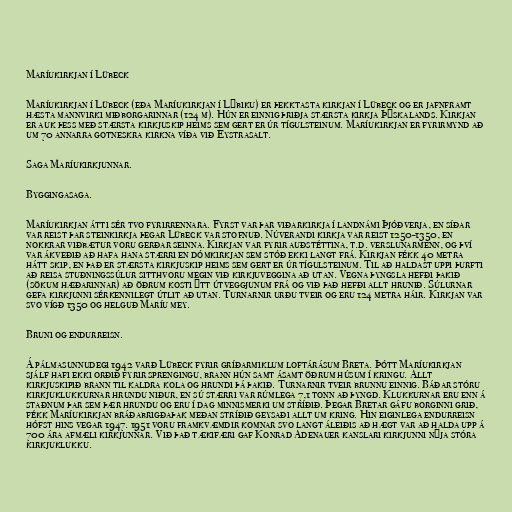
Maríukirkjan í Lübeck

Maríukirkjan í Lübeck (eða Maríukirkjan í Lýbiku) er þekktasta kirkjan í Lübeck og er jafnframt
hæsta mannvirki miðborgarinnar (124 m). Hún er einnig þriðja stærsta kirkja Þýskalands. Kirkjan
er auk þess með stærsta kirkjuskip heims sem gert er úr tígulsteinum. Maríukirkjan er fyrirmynd að
um 70 annarra gotneskra kirkna víða við Eystrasalt.

Saga Maríukirkjunnar.

Byggingasaga.

Maríukirkjan átti sér tvo fyrirrennara. Fyrst var þar viðarkirkja í landnámi Þjóðverja, en síðar
var reist þar steinkirkja þegar Lübeck var stofnuð. Núverandi kirkja var reist 1250-1350, en
nokkrar viðbætur voru gerðar seinna. Kirkjan var fyrir auðstéttina, t.d. verslunarmenn, og því
var ákveðið að hafa hana stærri en dómkirkjan sem stóð ekki langt frá. Kirkjan fékk 40 metra
hátt skip, en það er stærsta kirkjuskip heims sem gert er úr tígulsteinum. Til að haldast uppi þurfti
að reisa stuðningssúlur sitthvoru megin við kirkjuveggina að utan. Vegna þyngsla hefði þakið
(sökum hæðarinnar) að öðrum kosti ýtt útveggjunum frá og við það hefði allt hrunið. Súlurnar
gefa kirkjunni sérkennilegt útlit að utan. Turnarnir urðu tveir og eru 124 metra háir. Kirkjan var
svo vígð 1350 og helguð Maríu mey.

Bruni og endurreisn.

Á pálmasunnudegi 1942 varð Lübeck fyrir gríðarmiklum loftárásum Breta. Þótt Maríukirkjan
sjálf hafi ekki orðið fyrir sprengingu, brann hún samt ásamt öðrum húsum í kringu. Allt
kirkjuskipið brann til kaldra kola og hrundi þá þakið. Turnarnir tveir brunnu einnig. Báðar stóru
kirkjuklukkurnar hrundu niður, en sú stærri var rúmlega 7,1 tonn að þyngd. Klukkurnar eru enn á
staðnum þar sem þær hrundu og eru í dag minnismerki um stríðið. Þegar Bretar gáfu borginni grið,
fékk Maríukirkjan bráðabrigðaþak meðan stríðið geysaði allt um kring. Hin eiginlega endurreisn
hófst hins vegar 1947. 1951 voru framkvæmdir komnar svo langt áleiðis að hægt var að halda upp á
700 ára afmæli kirkjunnar. Við það tækifæri gaf Konrad Adenauer kanslari kirkjunni nýja stóra
kirkjuklukku.